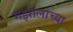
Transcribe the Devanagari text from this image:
गझालाच्या